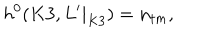
LaTeX: h ^ { 0 } ( K 3 , L ^ { \prime } | _ { K 3 } ) = n _ { t m } ,